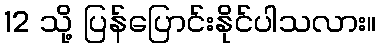
12 သို့ ပြန်ပြောင်းနိုင်ပါသလား။